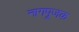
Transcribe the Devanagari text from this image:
नागपूजक